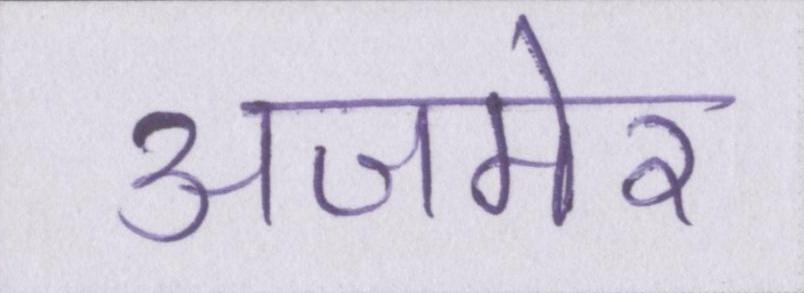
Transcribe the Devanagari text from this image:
अजमेर